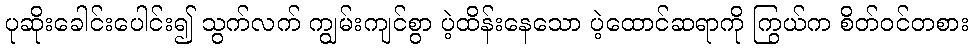
ပုဆိုးခေါင်းပေါင်း၍ သွက်လက် ကျွမ်းကျင်စွာ ပဲ့ထိန်းနေသော ပဲ့ထောင်ဆရာကို ကြွယ်က စိတ်ဝင်တစား